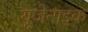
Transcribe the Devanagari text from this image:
यूजेनाइक